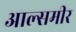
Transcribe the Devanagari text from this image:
आल्समीर